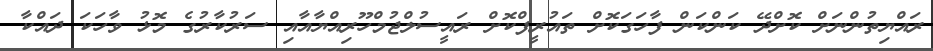
ރައްޔިތުންނަށް ކޮށްދޭ ކަންކަން ފާހަގަކޮށް ތައުރީފްކޮށް ރައީސުލްޖުމްހޫރިއްޔާއާއި ސަރުކާރުގެ މޮޅު ވާހަކަ ދައްކާ